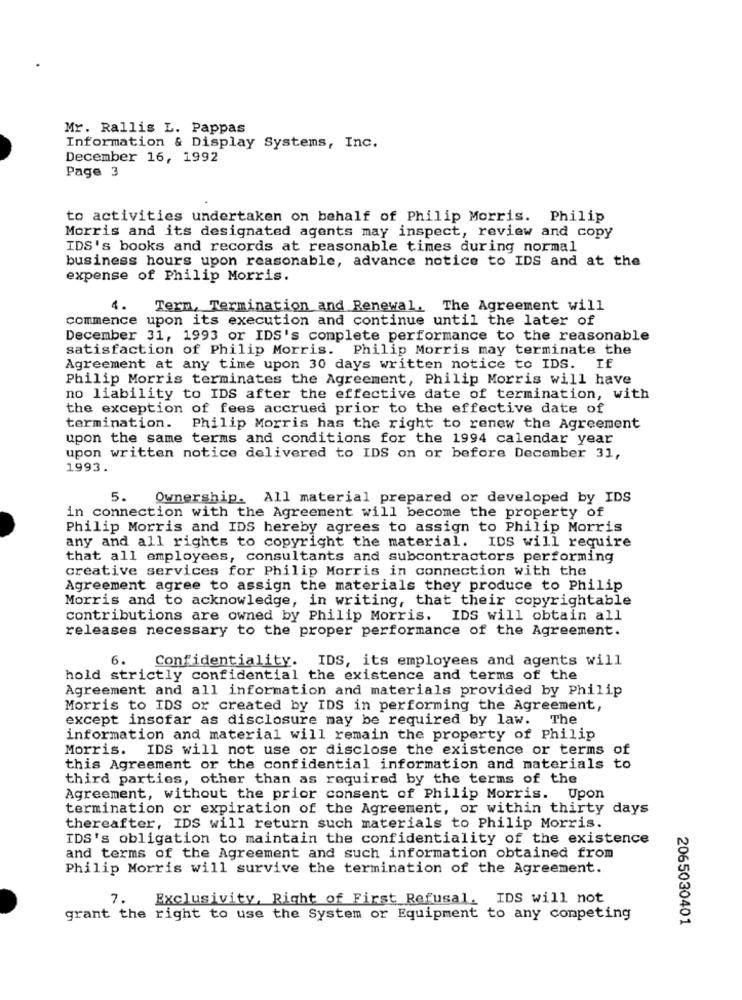
Mr. Rallis L. Pappas
Information & Display Systems, Inc.
December 16, 1992
Page 3
to activities undertaken on behalf of Philip Morris. Philip
Morris and its designated agents may inspect, review and copy
IDS's books and records at reasonable times during normal
business hours upon reasonable, advance notice to IDS and at the
expense of Philip Morris.
1.
Term, Termination and Renewal. The Agreement will
commence upon its execution and continue until the later of
December 31, 1993 or IDS's complete performance to the reasonable
satisfaction of Philip Morris. Philip Morris may terminate the
Agreement at any time upon 30 days written notice to IDS. If
Philip Morris terminates the Agreement, Philip Morris will have
no liability to IDS after the effective date of termination, with
the exception of fees accrued prior to the effective date of
termination. Philip Morris has the right to renew the Agreement
upon the same terms and conditions for the 1994 calendar year
upon written notice delivered to IDS on or before December 31,
1993.
5.
Ownership. All material prepared or developed by IDS
in connection with the Agreement will become the property of
Philip Morris and IDS hereby agrees to assign to Philip Morris
any and all rights to copyright the material. IDS will require
that all employees, consultants and subcontractors performing
creative services for Philip Morris in connection with the
Agreement agree to assign the materials they produce to Philip
Morris and to acknowledge, in writing, that their copyrightable
contributions are owned by Philip Morris. IDS will obtain all
releases necessary to the proper performance of the Agreement.
6.
Confidentiality. IDS, its employees and agents will
hold strictly confidential the existence and terms of the
Agreement and all information and materials provided by Philip
Morris to IDS or created by IDS in performing the Agreement,
except insofar as disclosure may be required by law. The
information and material will remain the property of Philip
Morris. IDS will not use or disclose the existence or terms of
this Agreement or the confidential information and materials to
third parties, other than as required by the terms of the
Agreement, without the prior consent of Philip Morris. Upon
termination or expiration of the Agreement, or within thirty days
thereafter, IDS will return such materials to Philip Morris.
IDS's obligation to maintain the confidentiality of the existence
and terms of the Agreement and such information obtained from
Philip Morris will survive the termination of the Agreement.
7.
Exclusivity, Right of First Refusal. IDS will not
grant the right to use the System or Equipment to any competing
2065030401